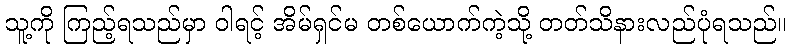
သူ့ကို ကြည့်ရသည်မှာ ဝါရင့် အိမ်ရှင်မ တစ်ယောက်ကဲ့သို့ တတ်သိနားလည်ပုံရသည်။